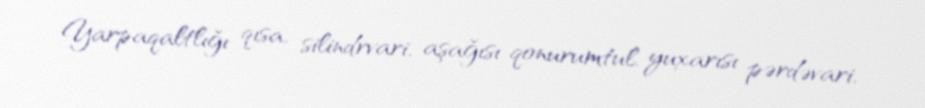
Yarpaqaltlığı qısa, silindrvari, aşağısı qonurumtul, yuxarısı pərdəvari,